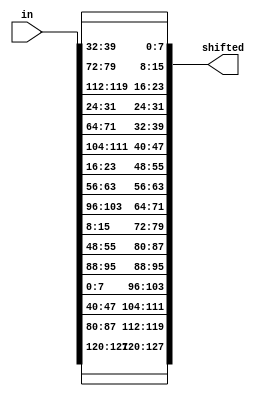
`timescale 1ns / 1ps
////////////////////////////////////////////////////////////////////////////////
// Company: 
// Engineer:
//
// Design Name:    
// Module Name:    shift_row
// Project Name:   
// Target Device:  
// Tool versions:  
// Description:
//
// Dependencies:
// 
// Revision:
// Revision 0.01 - File Created
// Additional Comments:
// 
////////////////////////////////////////////////////////////////////////////////
module shift_row (in, shifted);
	input [0:127] in;
	output [0:127] shifted;
	
	// First row (r = 0) is not shifted
	assign shifted[0+:8] = in[0+:8];
	assign shifted[32+:8] = in[32+:8];
	assign shifted[64+:8] = in[64+:8];
   assign shifted[96+:8] = in[96+:8];
	
	// Second row (r = 1) is cyclically left shifted by 1 offset
   assign shifted[8+:8] = in[40+:8];
   assign shifted[40+:8] = in[72+:8];
   assign shifted[72+:8] = in[104+:8];
   assign shifted[104+:8] = in[8+:8];
	
	// Third row (r = 2) is cyclically left shifted by 2 offsets
   assign shifted[16+:8] = in[80+:8];
   assign shifted[48+:8] = in[112+:8];
   assign shifted[80+:8] = in[16+:8];
   assign shifted[112+:8] = in[48+:8];
	
	// Fourth row (r = 3) is cyclically left shifted by 3 offsets
   assign shifted[24+:8] = in[120+:8];
   assign shifted[56+:8] = in[24+:8];
   assign shifted[88+:8] = in[56+:8];
   assign shifted[120+:8] = in[88+:8];

endmodule